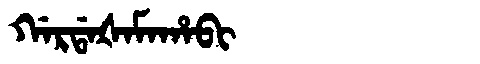
Manchu: ᡤᠠᡵᡩᠠᡧᠠᠮᠠᡥᠠᠪᡳ
Romanization: GARDAŠAMAHABI